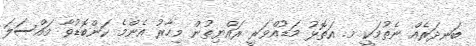
ބަނދަރެއް ނެތުމަކީ މ. އަތޮޅު މަޑުއްވަރީ ރައްޔިތުން މިހާރު އެންމެ ކަންބޮޑުވާ މައްސަލަ